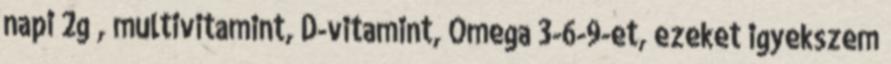
napi 2g , multivitamint, D-vitamint, Omega 3-6-9-et, ezeket igyekszem